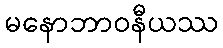
မနောဘာဝနီယဿ